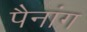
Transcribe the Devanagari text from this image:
पैनांग